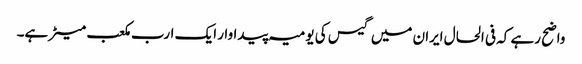
واضح رہے کہ فی الحال ایران میں گیس کی یومیہ پیداوار ایک ارب مکعب میٹر ہے۔